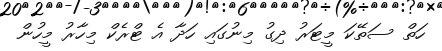
ހަތް ސަތޭކަ މީޓަރު ދިގު މިނުގައި ހަދާ އެ ޓްރެކް މިހާރު މީހުން